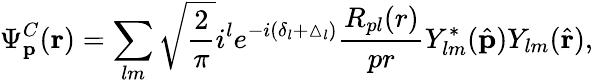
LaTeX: \Psi_{{\mathbf{p}}}^{C}({\mathbf{r}})=\sum_{lm}\sqrt{\frac{2}{\pi}}i^{l}e^{-i(\delta_{l}+\vartriangle_{l})}\frac{R_{pl}({r})}{pr}Y_{lm}^{\ast}(\hat{\mathbf{p}})Y_{lm}(\hat{\mathbf{r}}),